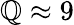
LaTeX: \mathbb{Q}\approx9